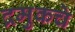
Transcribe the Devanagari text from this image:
द्रमुकचे